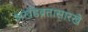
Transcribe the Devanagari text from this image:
अखंडव्रतासारखे